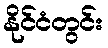
နိုင်ငံတွင်း